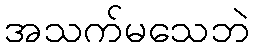
အသက်မသေဘဲ